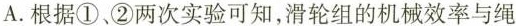
A.根据①、②两次实验可知，滑轮组的机械效率与绳